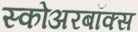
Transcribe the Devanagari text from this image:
स्कोअरबॉक्स